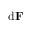
\mathrm { d } \mathbf { F }